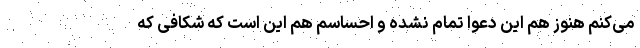
می‌کنم هنوز هم این دعوا تمام نشده و احساسم هم این است که شکافی که